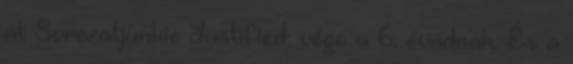
at Sorozatjunkie Justified: vége a 6. évadnak. És a